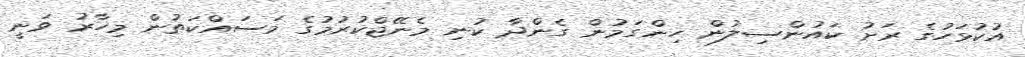
އުކުޅަހުގެ ރަށު ކައުންސިލުން ހިންގަމުން ގެންދާ ކުނި މެނޭޖްކުރުމުގެ މަސައްކަތުން މިހާރު ވަނީ